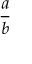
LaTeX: \frac { a } { b }